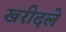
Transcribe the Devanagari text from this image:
खरीदले